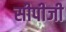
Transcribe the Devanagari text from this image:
सीपीजी